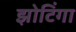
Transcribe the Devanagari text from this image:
झोटिंगा